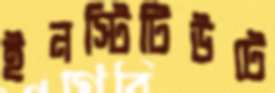
ইনস্টিটিউটে